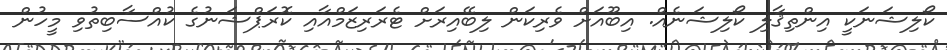
ކޯލިޝަނަކީ އިންތިޤާލި ކޯލިޝަނެއް. އިބޫއަށް ވެރިކަން ލިބޭއިރަށް ޓެރަރިޒަމްއާއި ކޮރަޕްޝަނުގެ ކުއްސާބިތުވި މީހުން